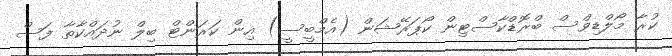
ކުރާ މޯލްޑިވްސް ބްރޮޑްކާސްޓިން ކޯޕަރޭޝަން (އެމްބީސީ) އިން ކަރަންޓް ބިލް ނުދައްކާތާ ފަސް